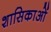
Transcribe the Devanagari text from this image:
शासिकाओं